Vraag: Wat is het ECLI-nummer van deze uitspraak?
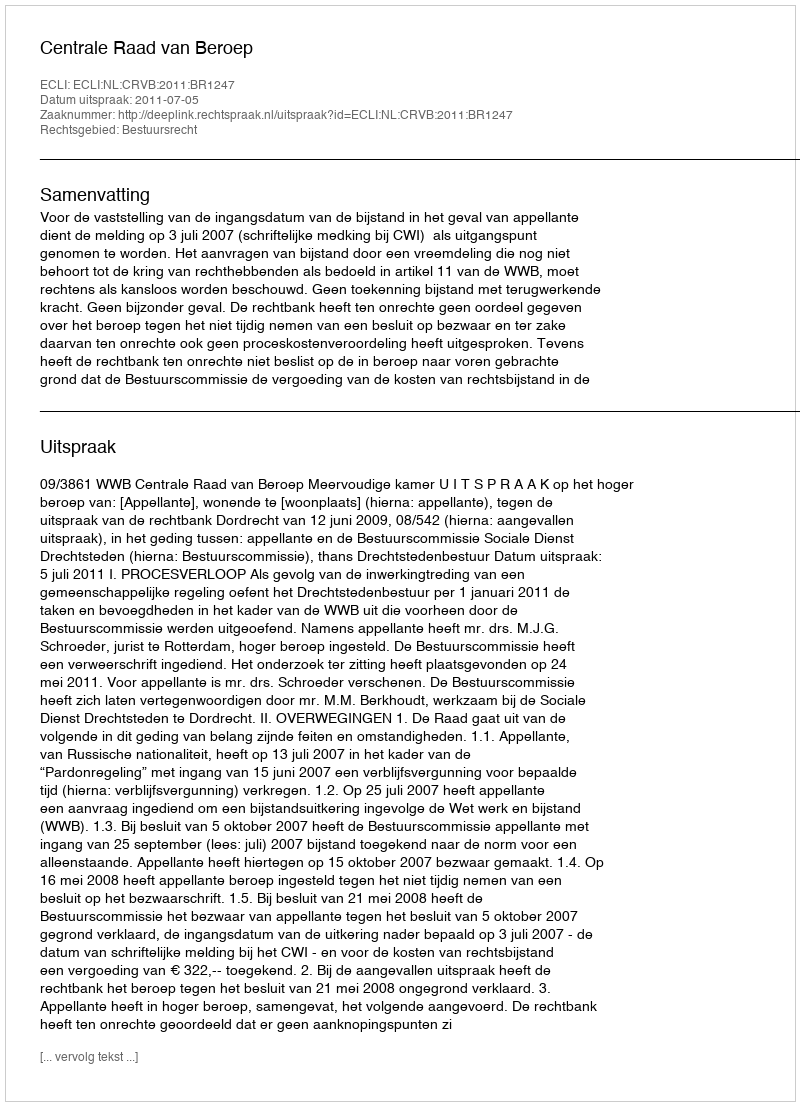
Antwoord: ECLI:NL:CRVB:2011:BR1247